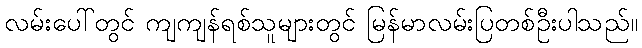
လမ်းပေါ်တွင် ကျကျန်ရစ်သူများတွင် မြန်မာလမ်းပြတစ်ဦးပါသည်။